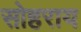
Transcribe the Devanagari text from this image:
सोहराय